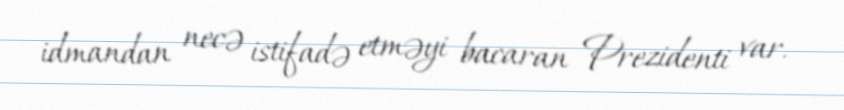
idmandan necə istifadə etməyi bacaran Prezidenti var.